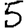
Digit: 5